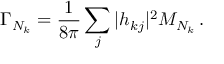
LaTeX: \Gamma _ { N _ { k } } = \frac { 1 } { 8 \pi } \sum _ { j } | h _ { k j } | ^ { 2 } M _ { N _ { k } } \, .